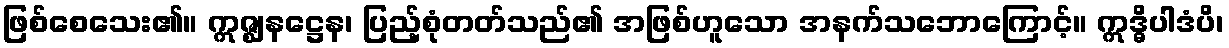
ဖြစ်စေသေး၏။ ဣဇ္ဈနဋ္ဌေန၊ ပြည့်စုံတတ်သည်၏ အဖြစ်ဟူသော အနက်သဘောကြောင့်။ ဣဒ္ဓိပါဒံပိ၊